Karksi_vallavalitsus, lk 142
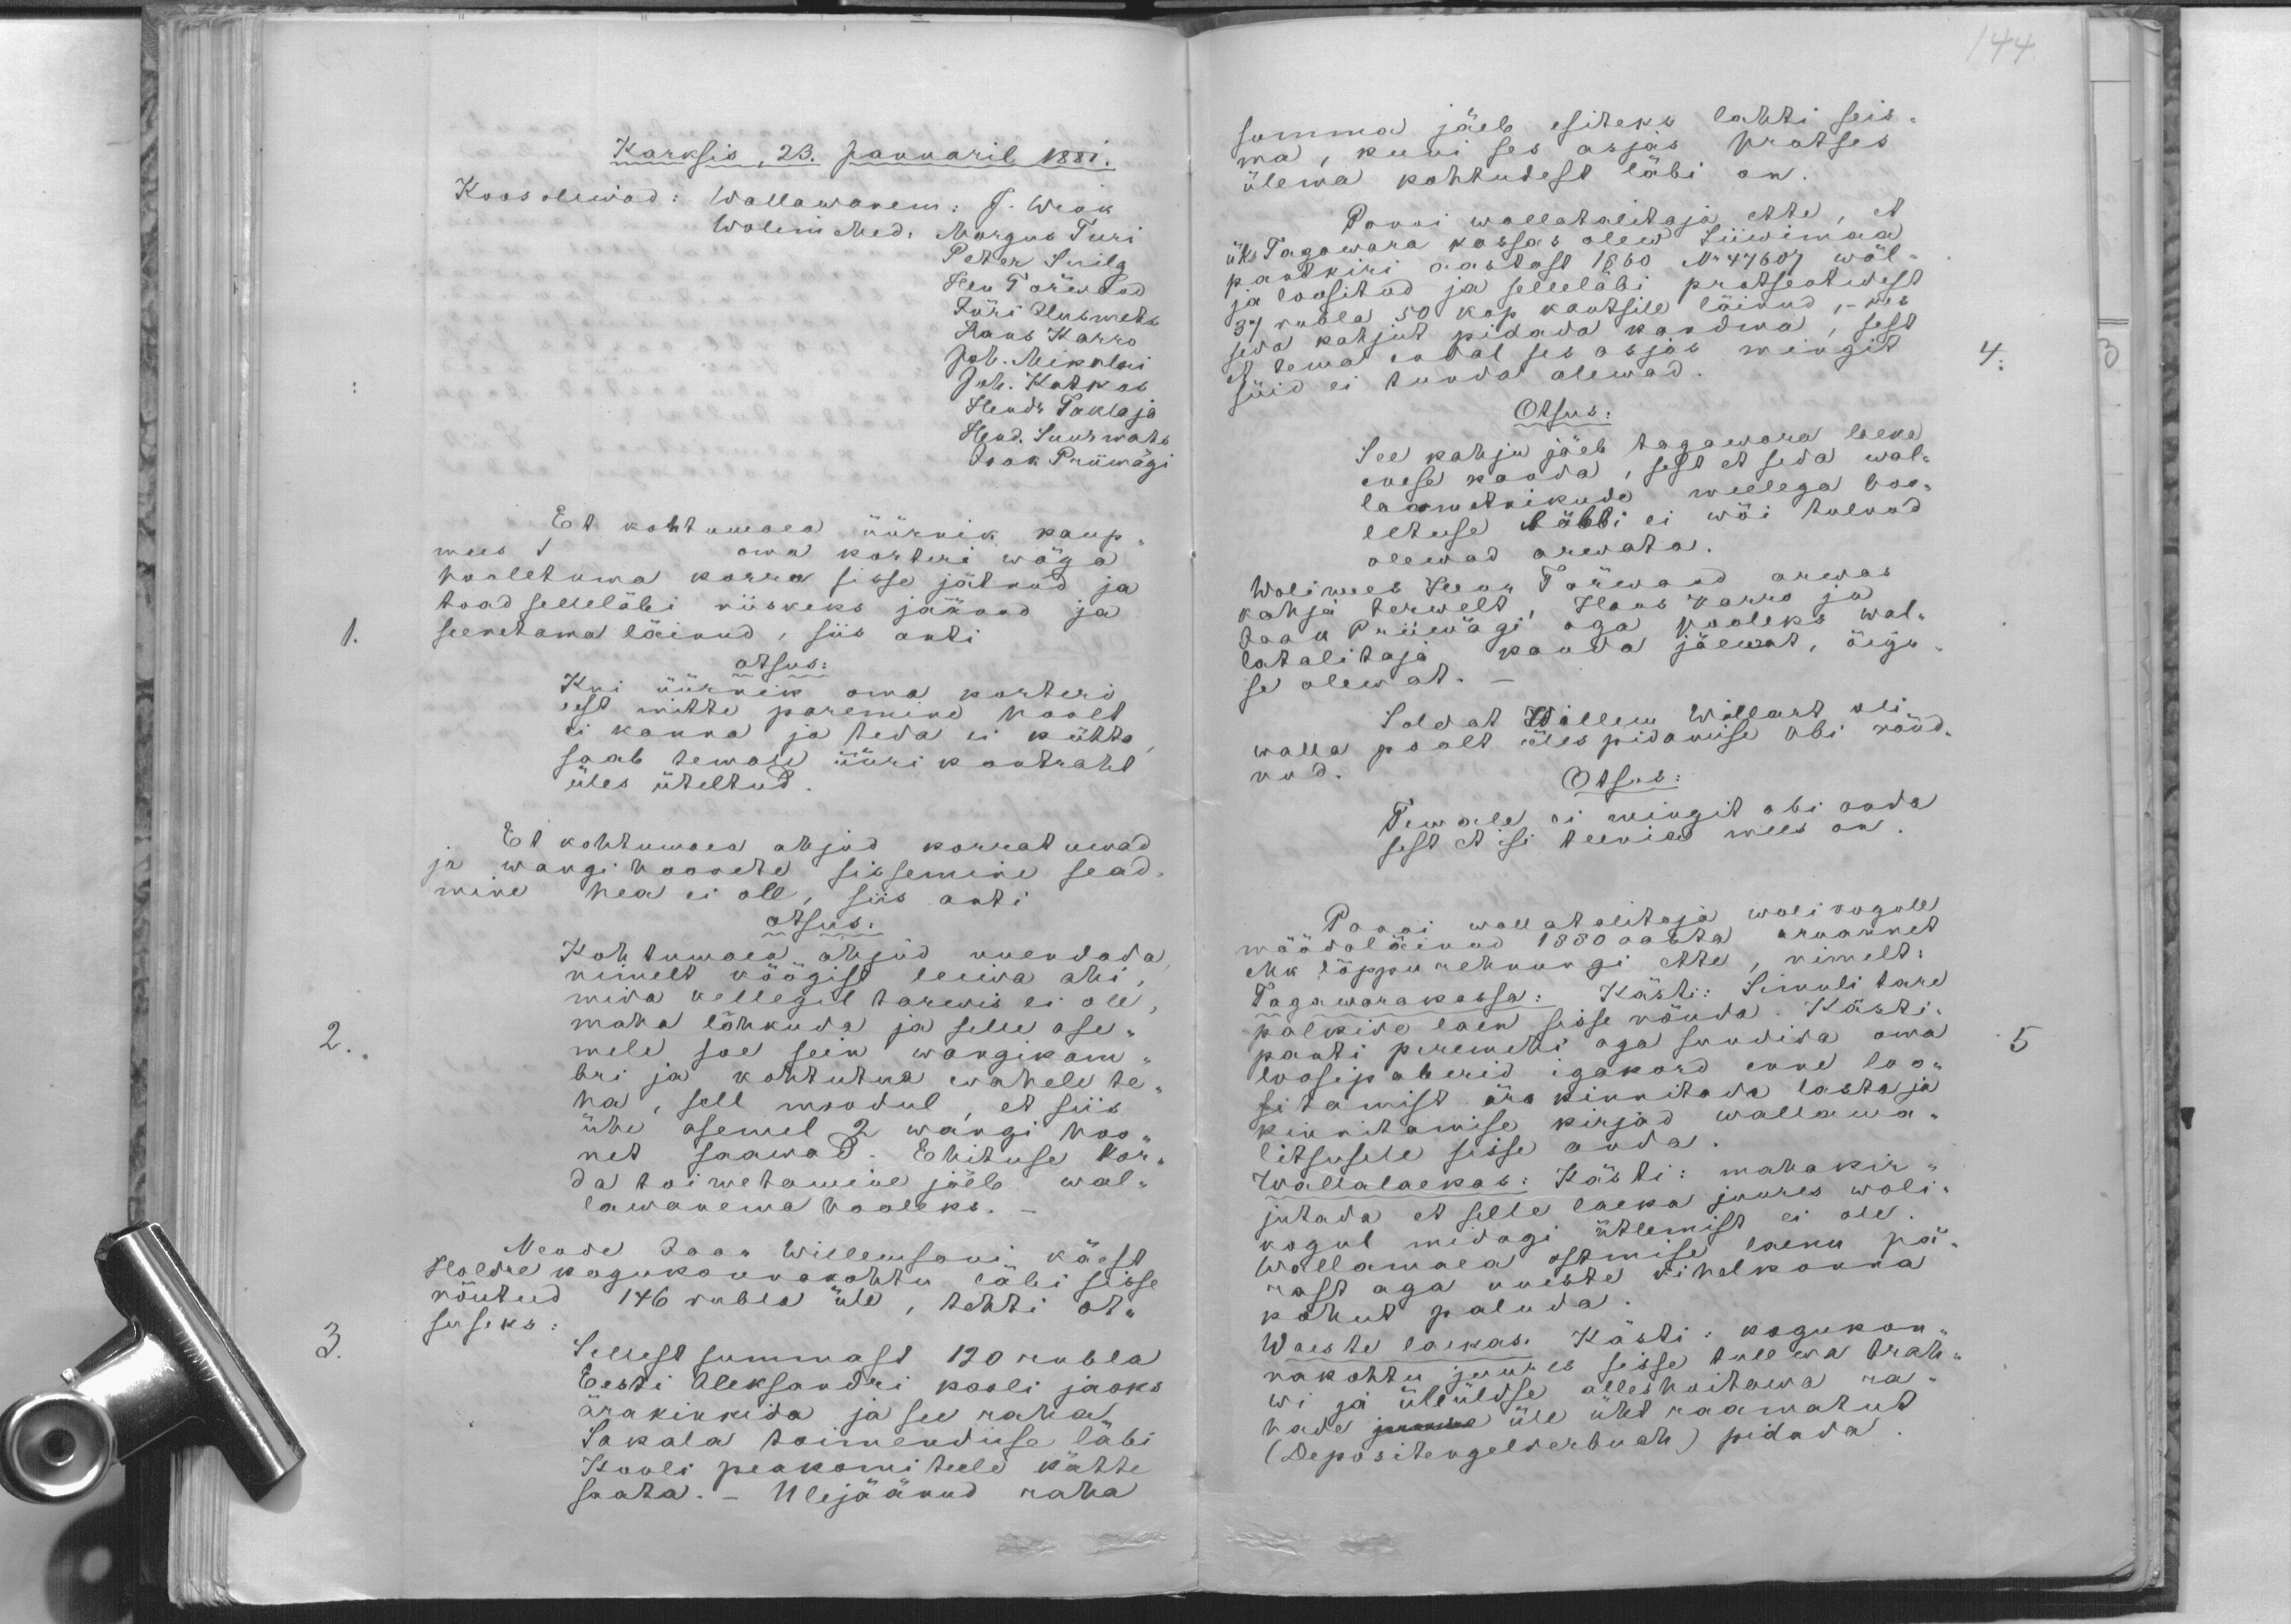
144.

Karksis, 23. Januaril 1881.
Koos oliwad: Wallawanem: J. Wink
Wolimehed: Margus Turi
Peter Suilg
Hen Tõrwand
Jüri Ilusmets
Hans Karro
Joh. Mikolai
Joh. Kotkas
Hendr Taklaja
Hend. Suurmats
Jaak Priimägi
Et kohtumaea üürnik kaup
mees 1 oma korteri wäga
hooletuma korra sisse jätnud ja
toad selleläbi niiskeks jäänud ja
seenetama läinud, siis anti
1.
otsus:
Kui üürnik oma korteri
eest mitte paremine hoolt
ei kanna ja teda ei kütta
saab temale üüri kontraht
üles üteltud
Et kohtumaea ahjud korratumad
ja wangi hoonete sissemine sead-
mine hea ei ole, siis anti
otsus:
Kohtumaea ahjud uuendada
nimelt köögist leiwa ahi,
mida kellegil tarwis ei ole
maha lõhkuda ja selle ase-
mele soe sein wangikam
2.
bri ja kohtutua wahele te-
ha, sell moodul, et siis
ühe asemel 2 wargi hoo-
net saawad. Ehituse kor-
da toimetamine jäeb wal-
lawanema hooleks.
Nende Jaan Willemsoni käest
Holdre kogukonnakohtu läbi sisse
nõutud 146 rubla üle, tehti ot-
suseks:
Sellest summast 120 rubla
3.
Eesti Aleksandri kooli jaoks
ärakinkida ja see raha
Sakala toimenduse läbi
Kooli peakomiteele kätte
saata. - Ulejäänud raha

summa jäeb esiteks lahti seis-
ma, kuni ses asjas protses
ülema kohtudest läbi on
Panni wallatalitaja ette, et
üks Tagawara kassas olew Liiwimaa
pantkiri aastast 1860 No 47607 wäl
ja loositud ja selleläbi protsentidest
37 rubla 50 kop kautsile läinud,- kes
seda kahjut pidada kandma, sest
et tema endal ses asjas mingit
4.
süid ei tunda olewad.
Otsus:
See kahju jäeb tagawara laeka
enese kanda, sest et seda wal-
laametnikude meelega hoo-
letuse läbbi ei wõi tulnud
olewad arwata.
Wolimees Jaan Tõrwand arwas
kahju terwelt, Hans Karro ja
Jaak Priimägi aga pooleks wal-
latalitaja kanda jäewat, õigu-
se olewat.
Soldat Willem Willart oli
walla poolt üles pidamise abi nõud-
nud.
Otsus:
Temale ei mingit abi anda
sest et isi teeniw mees on.
Panni wallatalitaja wolikogule
möödaläinud 1880 aasta aruannet
ehk lõppu rehnungi ette, nimelt:
Tagawarakassa: Kästi: Simuli tare
palkide laen sisse nõuda. Kästi:
panti peremehi aga sundida oma
5
loosipaberid igakord enne loo-
sitamist ära kinnitada lasta ja
kinnitamise kirjad wallawa-
litsusele sisse anda.
Wallalaekas: Kästi: mahakir-
jutada et selle laeka juures woli-
kogul midagi ütlemist ei ole.
Wallamaea ostmise laenu pä-
rast aga uueste kohelkonna
kohut paluda.
Waeste laekas. Kästi: kogukon-
nakohtu juures sisse tulewa trah-
wi ja üleüldse alleshoitawa ra-
hade juurde üle üht raamatut
(Depositengelderbuch) pidada